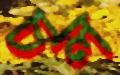
চল